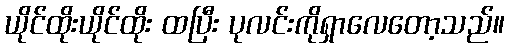
ယိုင်ထိုးယိုင်ထိုး ထပြီး ပုလင်းကိုရှာလေတော့သည်။